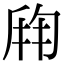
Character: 𬼍